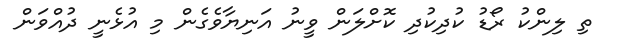
ތި ލިންކު ރޯޑު ކުދިކުދި ކޮށްލަން ވީނު އަނިޔާވެގެން މި އުޅެނީ ދުއްވަން